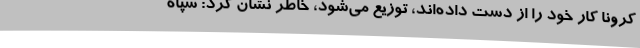
کرونا کار خود را از دست داده‌اند، توزیع می‌شود، خاطر نشان کرد: سپاه